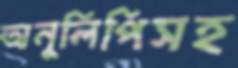
অনুলিপিসহ